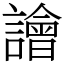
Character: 譮